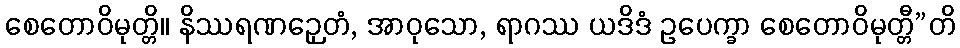
စေတောဝိမုတ္တိ။ နိဿရဏဉှေတံ, အာဝုသော, ရာဂဿ ယဒိဒံ ဥပေက္ခာ စေတောဝိမုတ္တီ”တိ